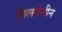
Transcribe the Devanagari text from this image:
लिलवेलीन